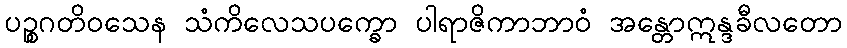
ပဉ္စဂတိဝသေန သံကိလေသပက္ခော ပါရာဇိကာဘာဝံ အန္တောဣန္ဒခီလတော